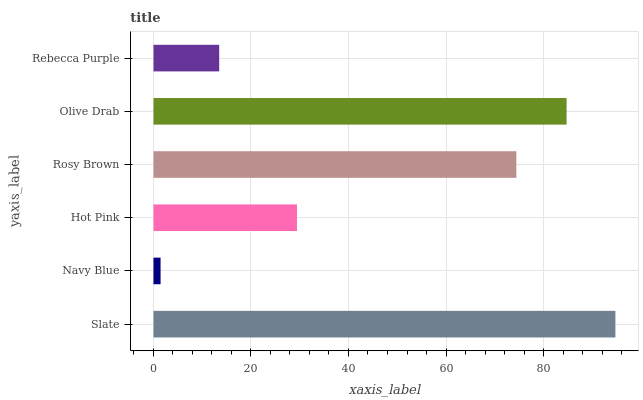
| yaxis_label | bars |
 | --- | --- |
 | Slate | 94.7 |
 | Navy Blue | 1.45 |
 | Hot Pink | 29.4 |
 | Rosy Brown | 74.4 |
 | Olive Drab | 84.7 |
 | Rebecca Purple | 13.5 |